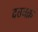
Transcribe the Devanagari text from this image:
दतवक्र